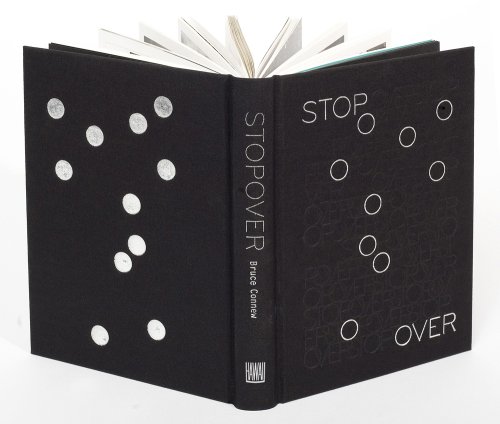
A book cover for Stopover; Bruce Connew; History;